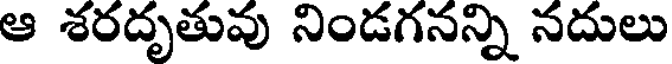
ఆ శరదృతువు నిండగనన్ని నదులు